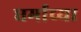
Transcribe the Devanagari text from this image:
धर्माच्‍या